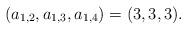
LaTeX: \begin{align*} (a_{1,2},a_{1,3},a_{1,4}) = (3,3,3). \end{align*}